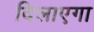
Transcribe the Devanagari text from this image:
दिलाएगा